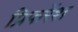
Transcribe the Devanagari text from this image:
प्रिफरेंश